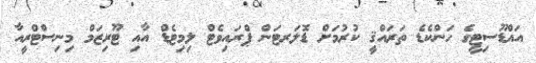
އައްޑޫސިޓީގެ ހަންކެޑެ ތަރައްޤީ ކުރުމަށް ޑޮލަރޓަން ޕްރައިވެޓް ލިމިޓެޑް އާއި ޓޫރިޒަމް މިނިސްޓްރީއާ